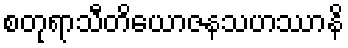
စတုရာသီတိယောဇနသဟဿာနိ